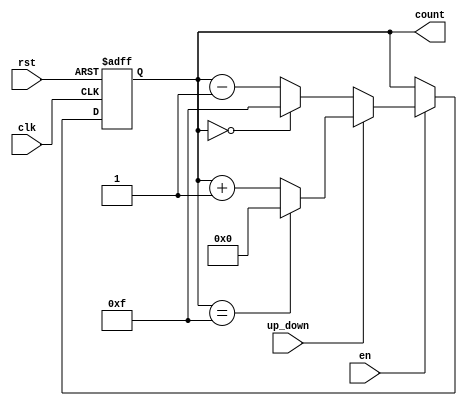
module up_down_counter (
    input wire clk,            // Clock signal
    input wire rst,            // Asynchronous reset signal
    input wire en,             // Enable signal
    input wire up_down,        // Up/Down control signal
    output reg [N-1:0] count   // Count output (N-bit wide)
);
    parameter N = 4;           // Define the width of the counter (e.g., 4 bits)

    always @(posedge clk or posedge rst) begin
        if (rst) begin
            count <= 0;        // Reset the count to 0 on reset
        end else if (en) begin
            if (up_down) begin
                // Count up
                if (count == (2**N - 1)) 
                    count <= 0; // Wrap around to 0 on overflow
                else 
                    count <= count + 1;
            end else begin
                // Count down
                if (count == 0) 
                    count <= (2**N - 1); // Wrap around to max value on underflow
                else 
                    count <= count - 1; 
            end
        end
    end
endmodule